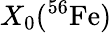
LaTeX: X_{0}(^{56}\mathrm{Fe})